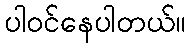
ပါဝင်နေပါတယ်။